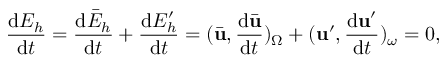
\frac { \mathrm { d } E _ { h } } { \mathrm { d } t } = \frac { \mathrm { d } \bar { E } _ { h } } { \mathrm { d } t } + \frac { \mathrm { d } E _ { h } ^ { \prime } } { \mathrm { d } t } = ( \bar { \mathbf { u } } , \frac { \mathrm { d } \bar { \mathbf { u } } } { \mathrm { d } t } ) _ { \Omega } + ( \mathbf { u } ^ { \prime } , \frac { \mathrm { d } \mathbf { u } ^ { \prime } } { \mathrm { d } t } ) _ { \omega } = 0 ,